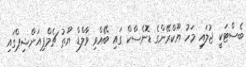
ބެސްޓަކީ ޖުލައި މަހު ޔޫކްރޭންގެ ޑޮނެސްކް ގައި ބޭއްވި ވާލްޑް ޔޫތު ޗެމްޕިއަންޝިޕްގައި